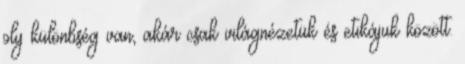
oly különbség van, akár csak világnézetük és etikájuk között.